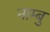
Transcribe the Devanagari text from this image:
नाम्बु